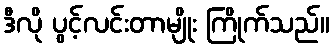
ဒီလို ပွင့်လင်းတာမျိုး ကြိုက်သည်။